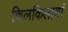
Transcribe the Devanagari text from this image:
किलकिलायां